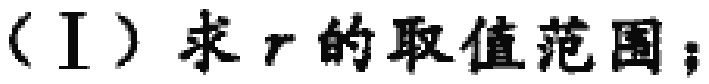
（I）求 \(r\) 的取值范围；